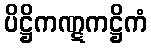
ပိဋ္ဌိကဏ္ဋကဋ္ဌိကံ